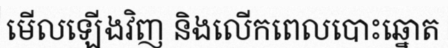
មើលឡើងវិញ និងលើកពេលបោះឆ្នោត